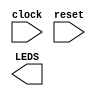
module practica_minios (clock, reset, LEDS);

input clock;
input reset;
output [7:0] LEDS;


endmodule